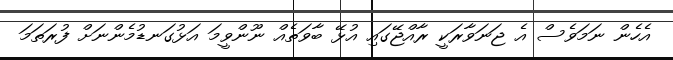
އެހެން ނަމަވެސް އެ ޖަނަވާރަކީ ރާއްޖޭގައި އުޅޭ ބާވަތެއް ނޫންވީމަ އަޅުގަނޑުމެންނަށް ފުރަތަމަ